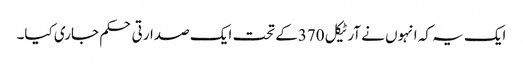
ایک یہ کہ انہوں نے آرٹیکل 370کے تحت ایک صدارتی حکم جاری کیا۔